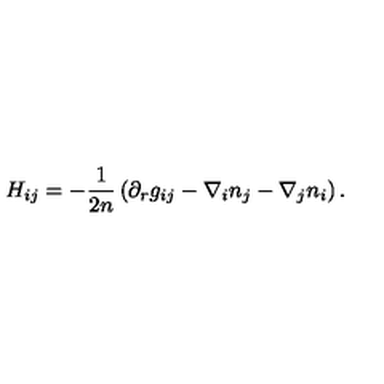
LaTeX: H _ { i j } = - \frac 1 { 2 n } \left( \partial _ { r } g _ { i j } - \nabla _ { i } n _ { j } - \nabla _ { j } n _ { i } \right) .